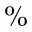
\%